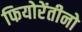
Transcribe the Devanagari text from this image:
फियोरेंतीनो